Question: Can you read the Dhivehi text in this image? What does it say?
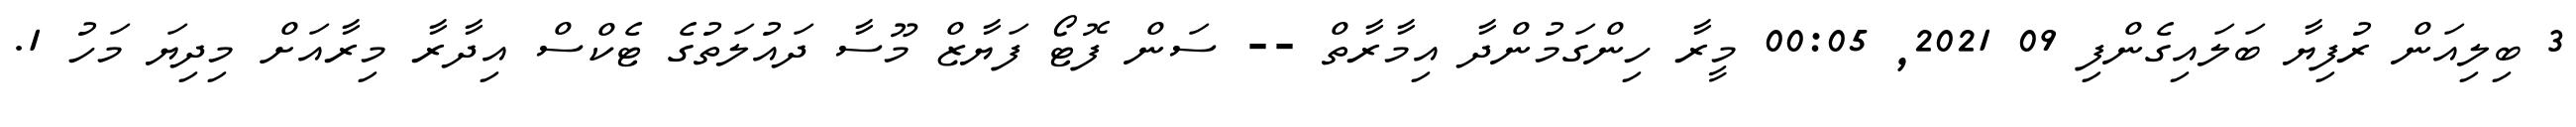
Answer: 3 ބިލިއަން ރުފިޔާ ބަލައިގެންފި 09 2021, 00:05 މީރާ ހިންގަމުންދާ އިމާރާތް -- ސަން ފޮޓޯ ފަޔާޒް މޫސާ ދައުލަތުގެ ޓެކްސް އިދާރާ މިރާއަށް މިދިޔަ މަހު 1.